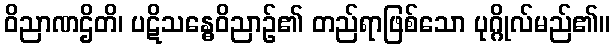
ဝိညာဏဌိတိ၊ ပဋိသန္ဓေဝိညာဉ်၏ တည်ရာဖြစ်သော ပုဂ္ဂိုလ်မည်၏။